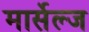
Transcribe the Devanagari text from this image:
मार्सेल्ज